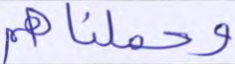
وحملناهم